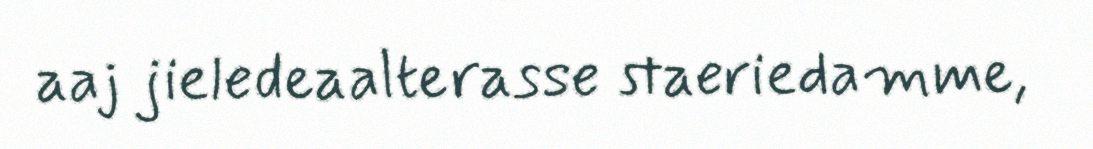
aaj jieledeaalterasse staeriedamme,